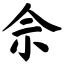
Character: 佘